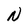
Character: N